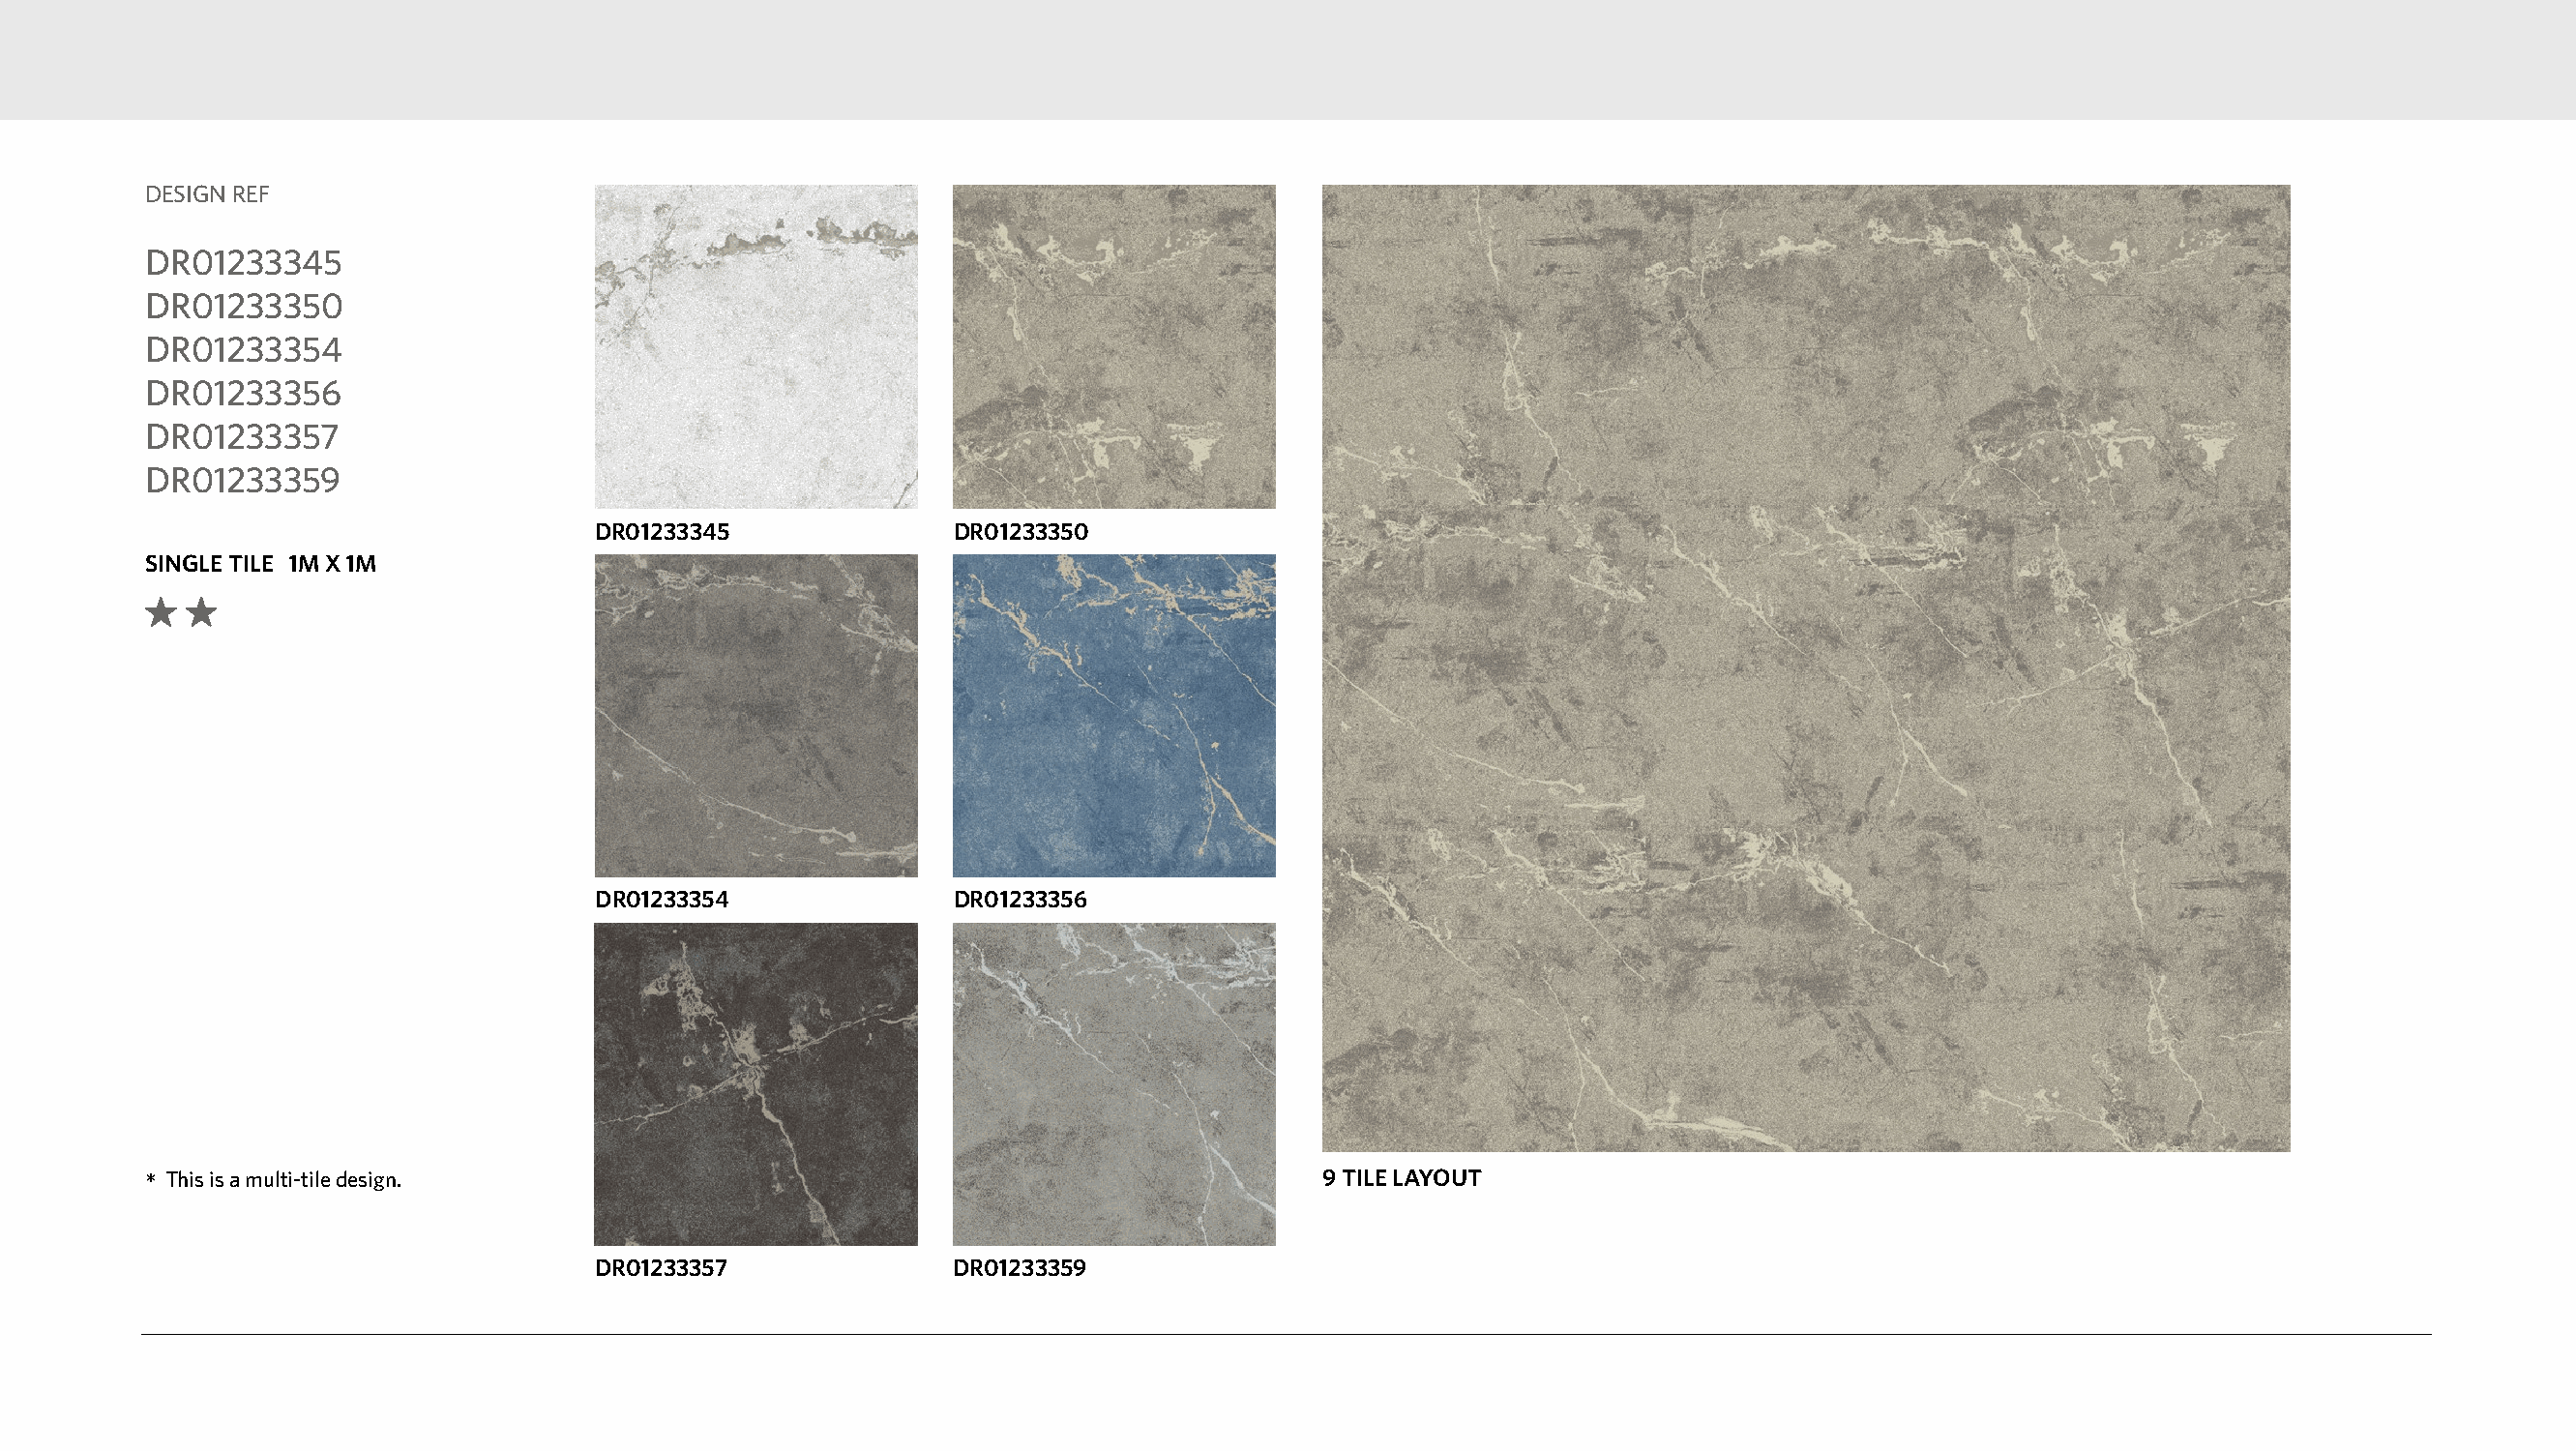
DESIGN REF
 DR01233345
 DR01233350
 DR01233354
 DR01233356
 DR01233357
 DR01233359
 DR01233345              DR01233350
 SINGLE TILE 1M X 1M
 DR01233354              DR01233356
 *This is a multi-tile design.                                                    9 TILE LAYOUT
 DR01233357              DR01233359